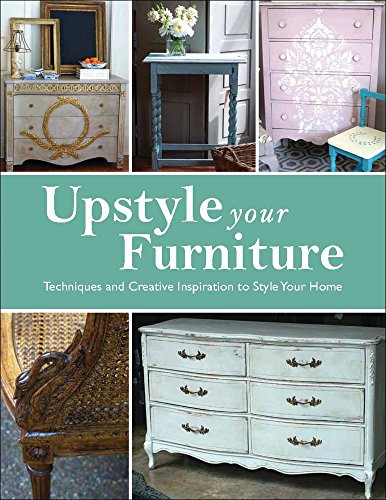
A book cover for Upstyle Your Furniture: Techniques and Creative Inspiration to Style Your Home; Stephanie Jones; Arts & Photography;